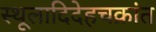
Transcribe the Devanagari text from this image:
स्थूलादिदेहचक्रांत